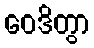
ဝေဒိတွာ